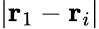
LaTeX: |\mathbf{r}_{1}-\mathbf{r}_{i}|